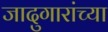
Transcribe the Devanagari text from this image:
जादुगारांच्या